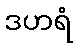
ဒဟရံ